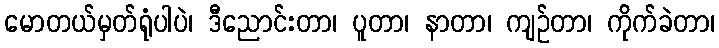
မောတယ်မှတ်ရုံပါပဲ၊ ဒီညောင်းတာ၊ ပူတာ၊ နာတာ၊ ကျဉ်တာ၊ ကိုက်ခဲတာ၊